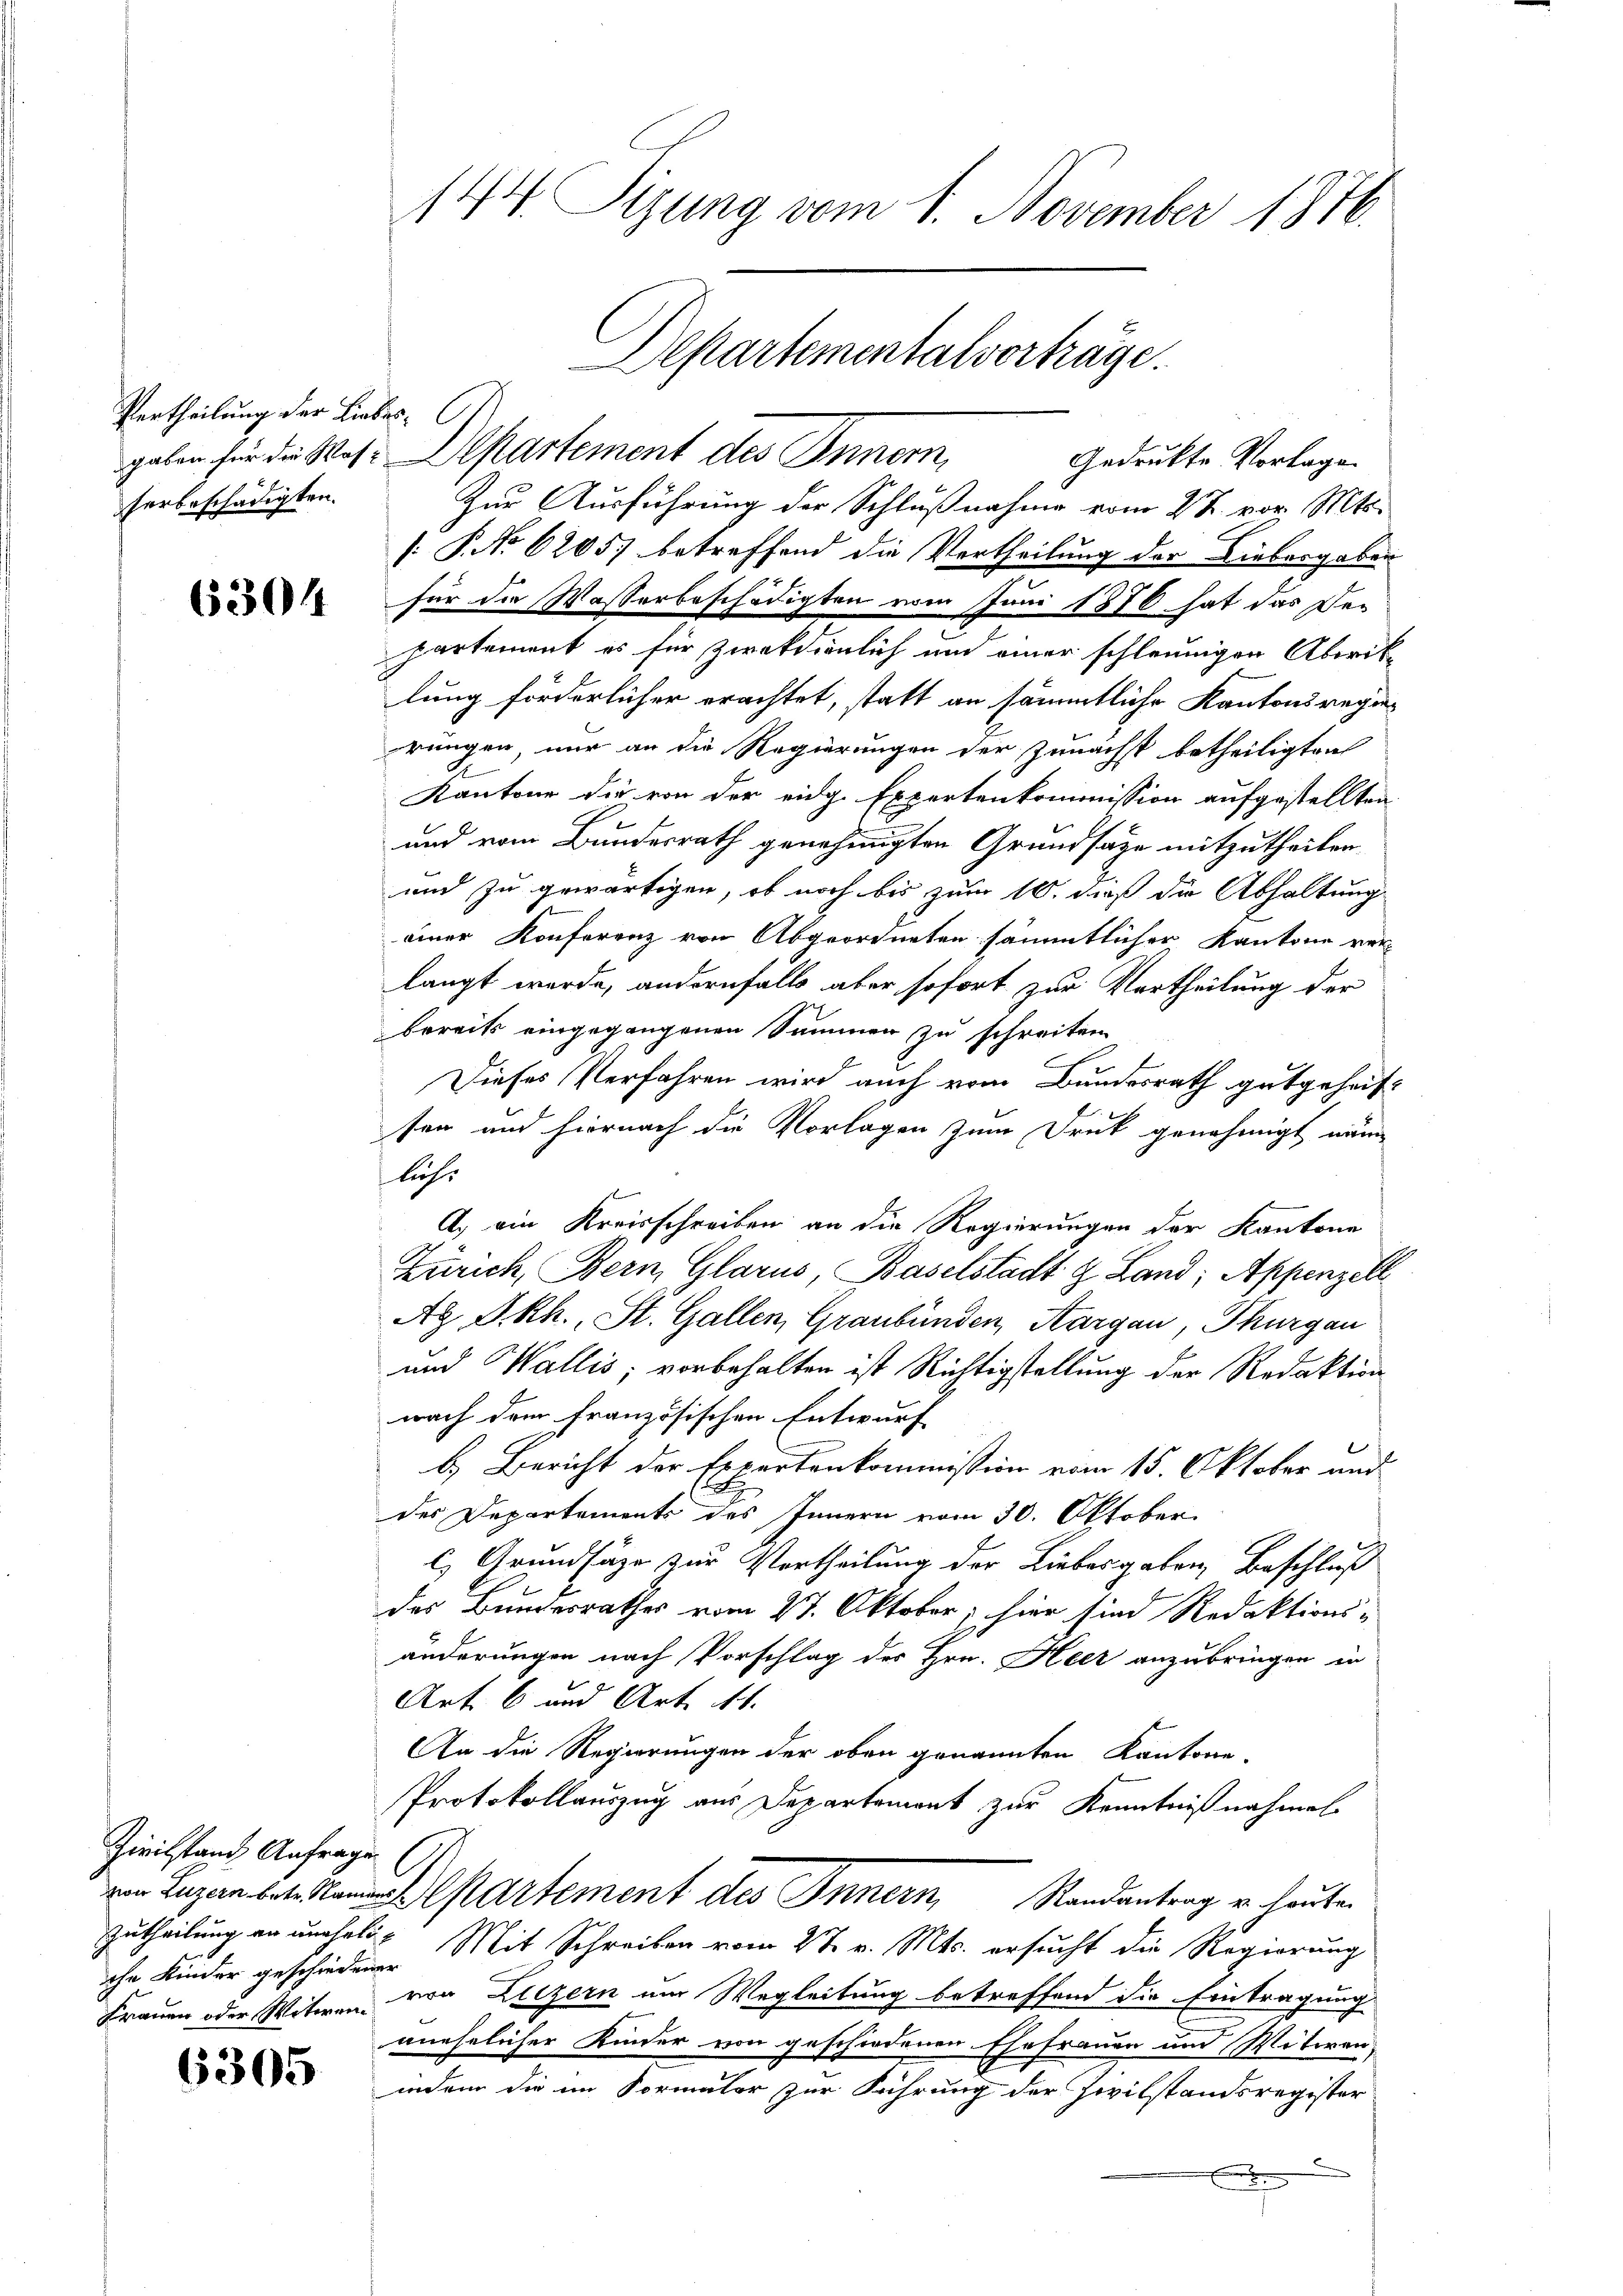
Vertheilung der Liebesherbeschädigten.

6304

Zivilstand Anfragen
che Kinder geschiedener

6305

144. Sizung vom 1. November 1876.

gaben für die Ros-Departement des Innern,
Gedruckte Vorlage.
Zur Ausführung der Schlußnahme vom 22. vor. Mts.
[. P. No 62057 betreffend die Vertheilung der Liebergaben
für die Wasserbeschädigten vom Juni 1876 hat das Departement es für Ziaktionlich und einer schleunigen Abrik-
lung förderlicher erachtet, statt an sämmtliche Kantonsregierungen, nur an die Regierungen der zunächst betheiligten
Kantone die von der eidg. Expertenkommission aufgestellten
und vom Bundesrath genehmigten Grundsatze mitzutheilen.
und zu gewärtigen, ob noch bis zum 10. dieß die Abhaltung
einer Konferenz von Abgeordneten sämmtlicher Kantone verlangt werde, andernfalls aber sofort zur Vertheilung der
bereits eingegangenen Summen zu schreiten
C
Dieses Verfahren wird auch vom Bundesrath gutgeheifsen und hiernach die Vorlagen zum Druk genehmigt näm
liche
A. ein Kreisschreiben an die Regierungen der Kantone
Zürich, Bern, Glarus, Baselstadt & Land; Appenzell
Ag. S. Rh., St. Gallen, Graubünden, Aargau, Thurgau
und Wallis, vorbehalten ist Richtigstellung der Redaktion
nach dem französischen Entwurf
b.) Bericht der Expertenkommission vom 15. Oktober und
des Departements des Innern vom 30. Oktober
l) Grundsäge zur Vortheilung der Liebesgaben, Beschluß
des Bundesrathes vom 27. Oktober; hier sind Redaktions-
änderungen nach Vorschlag des Hrn. Heer anzubringen in
Art. 6 und Art. 141.
An die Regierungen der oben genannten Kantone.
Protokollauszug aus Departement zur Kenntnißnahmen
n Luzent partement des Innern, Randantrag u. heuten
Zutheilung an unehelis Mit Schreiben vom 27. v. Mts. ersucht die Regierung
Frauen oder Witwen von Luzern im Wegleitung betreffend die Eintragung
anehelicher Kinder von geschiedenen Ehefrauen und Witoren-
indem die im Formaler zur Führung der Zivilstandsregister
x

Departementalverträge.